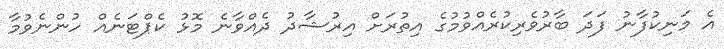
އެ މަނިކުފާނު ފަދަ ބާރުވެރިކުރެއްވުމުގެ އިތުރަށް އިރުޝާދު ދެއްވާނެ މޮޅު ކެޕްޓަނެއް ހުންނެވުމާ